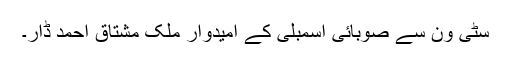
سٹی ون سے صوبائی اسمبلی کے امیدوار ملک مشتاق احمد ڈار۔